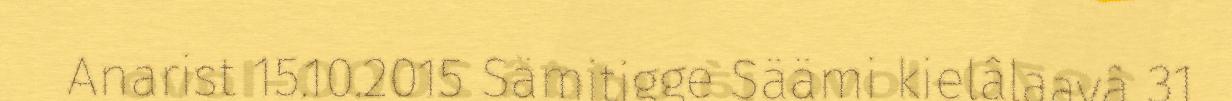
Anarist 15.10.2015 Sämitigge Säämi kielâlaavâ 31